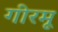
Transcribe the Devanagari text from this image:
गीरमू